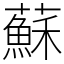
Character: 蘇